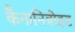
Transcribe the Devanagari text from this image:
कैनानिबोइड